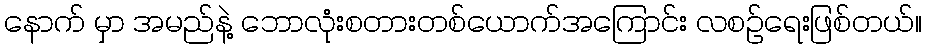
နောက် မှာ အမည်နဲ့ ဘောလုံးစတားတစ်ယောက်အကြောင်း လစဉ်ရေးဖြစ်တယ်။